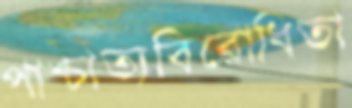
পাশ্চাত্যবিরোধিতা